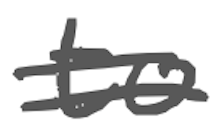
Text: to
Cross-out: double-line
Writing tool: digital_gray